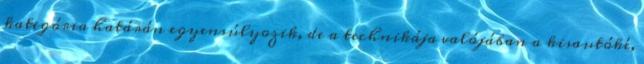
kategória határán egyensúlyozik, de a technikája valójában a kisautóké,